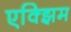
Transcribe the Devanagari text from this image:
एक्झिम